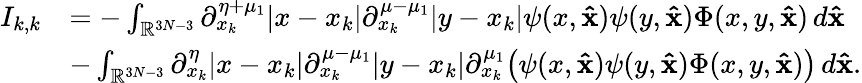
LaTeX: \begin{array}{rl}{I_{k,k}}&{=-\int_{\mathbb{R}^{3N-3}}\partial_{x_{k}}^{\eta+\mu_{1}}|x-x_{k}|\partial_{x_{k}}^{\mu-\mu_{1}}|y-x_{k}|\psi(x,\mathbf{\hat{x}})\psi(y,\mathbf{\hat{x}})\Phi(x,y,\mathbf{\hat{x}})\, d\mathbf{\hat{x}}}\\ &{-\int_{\mathbb{R}^{3N-3}}\partial_{x_{k}}^{\eta}|x-x_{k}|\partial_{x_{k}}^{\mu-\mu_{1}}|y-x_{k}|\partial_{x_{k}}^{\mu_{1}}\big(\psi(x,\mathbf{\hat{x}})\psi(y,\mathbf{\hat{x}})\Phi(x,y,\mathbf{\hat{x}})\big)\, d\mathbf{\hat{x}}.}\end{array}